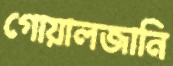
গোয়ালজানি